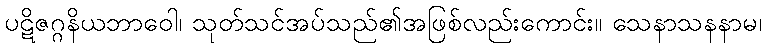
ပဋိဇဂ္ဂနိယဘာဝေါ၊ သုတ်သင်အပ်သည်၏အဖြစ်လည်းကောင်း။ သေနာသနနာမ၊